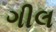
ગીલ